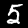
Label: 5